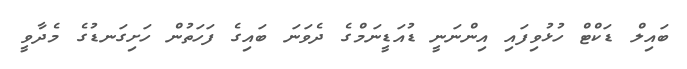
ބައިލް ޑަކްޓް ހުޅުވިފައި އިންނަނީ ޑުއަޑީނަމްގެ ދެވަނަ ބައިގެ ފަހަތުން ހަށިގަނޑުގެ މެދާވީ